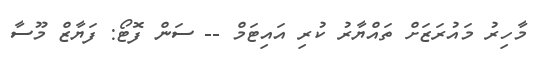
މާހިރު މައުރަޒަށް ތައްޔާރު ކުރި އައިޓަމް -- ސަން ފޮޓޯ: ފަޔާޒް މޫސާ